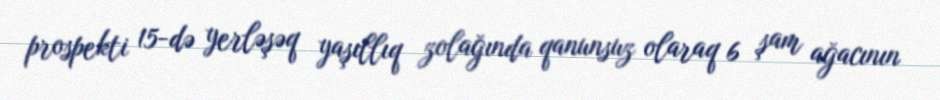
prospekti 15-də yerləşəq yaşıllıq zolağında qanunsuz olaraq 6 şam ağacının